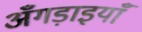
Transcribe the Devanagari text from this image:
अँगड़ाइयाँ